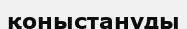
қоныстануды